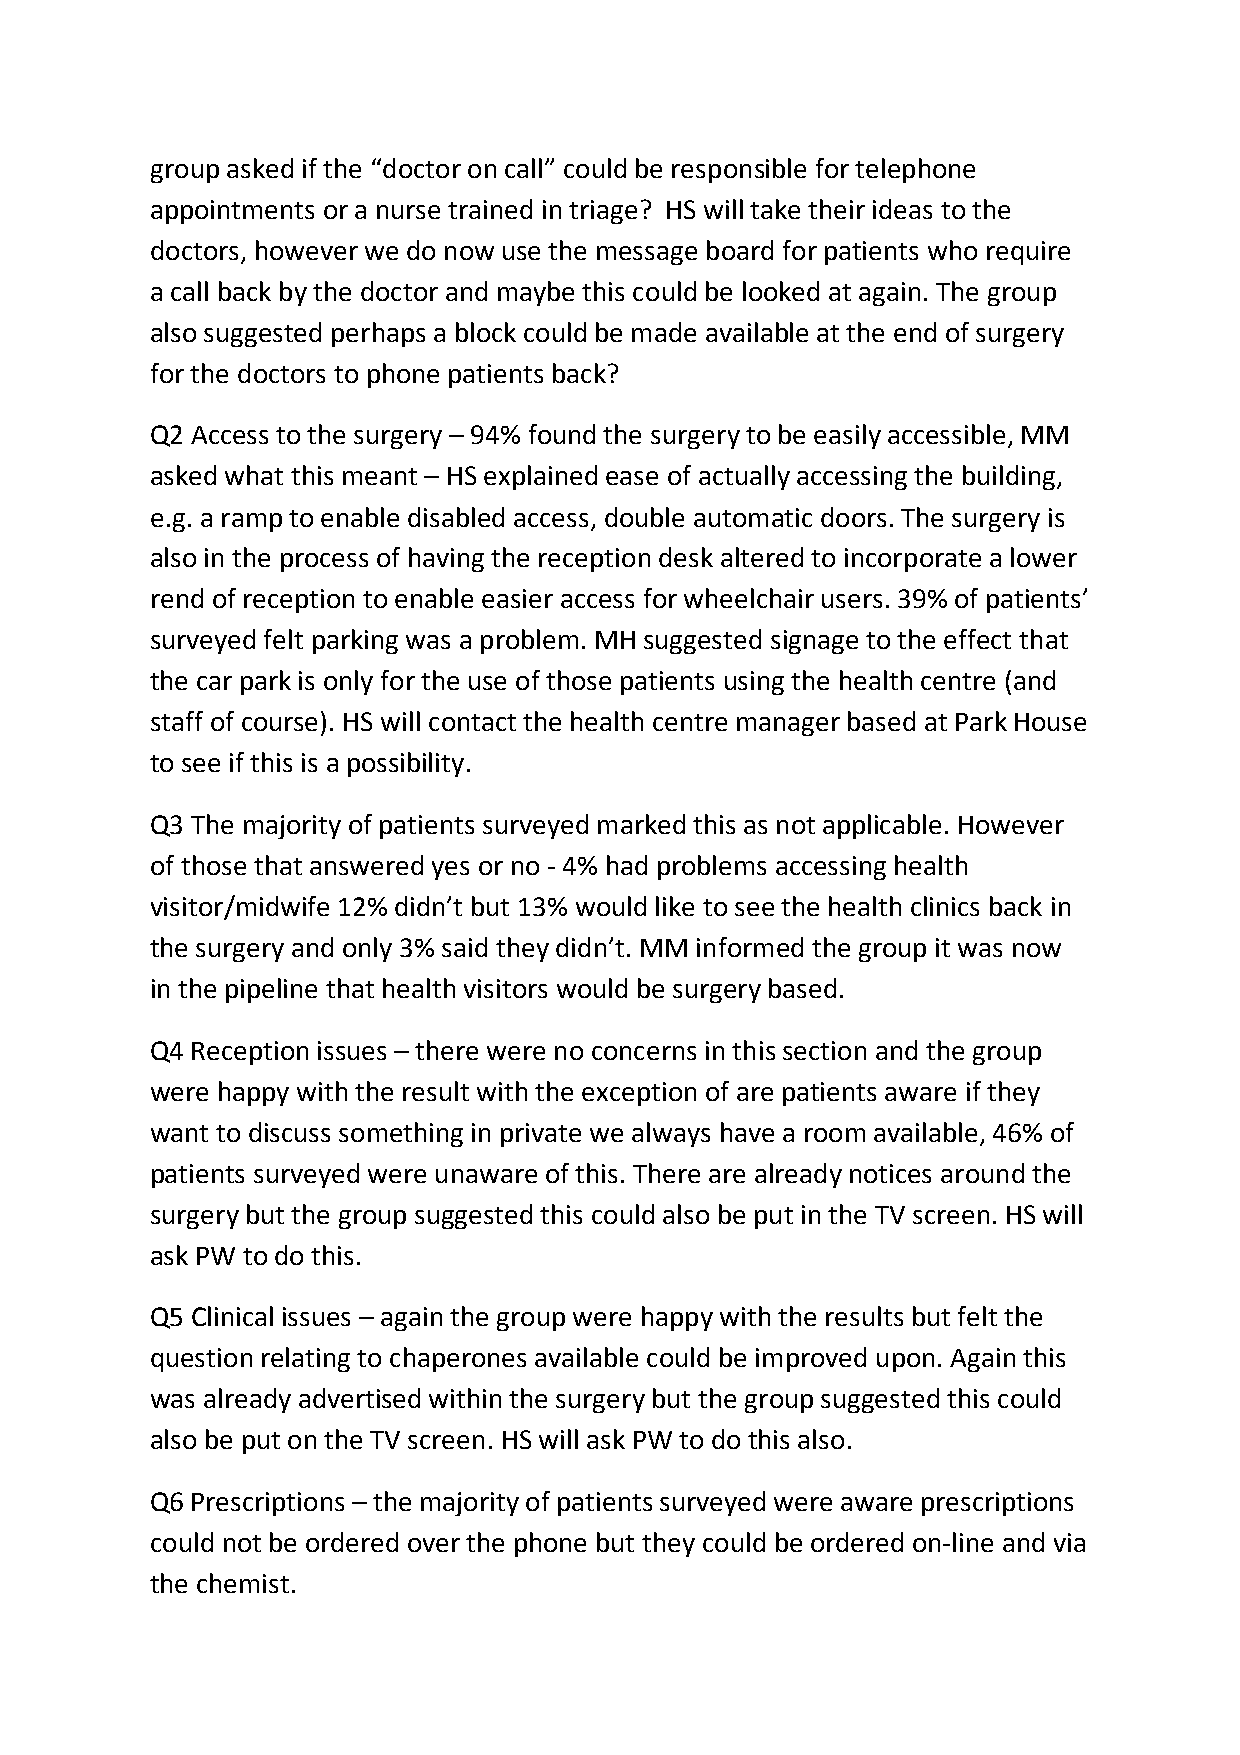
group asked if the “doctor on call” could be responsible for telephone
 appointments or a nurse trained in triage? HS will take their ideas to the
 doctors, however we do now use the message board for patients who require
 a call back by the doctor and maybe this could be looked at again. The group
 also suggested perhaps a block could be made available at the end of surgery
 for the doctors to phone patients back?
 Q2 Access to the surgery – 94% found the surgery to be easily accessible, MM
 asked what this meant – HS explained ease of actually accessing the building,
 e.g. a ramp to enable disabled access, double automatic doors. The surgery is
 also in the process of having the reception desk altered to incorporate a lower
 rend of reception to enable easier access for wheelchair users. 39% of patients’
 surveyed felt parking was a problem. MH suggested signage to the effect that
 the car park is only for the use of those patients using the health centre (and
 staff of course). HS will contact the health centre manager based at Park House
 to see if this is a possibility.
 Q3 The majority of patients surveyed marked this as not applicable. However
 of those that answered yes or no - 4% had problems accessing health
 visitor/midwife 12% didn’t but 13% would like to see the health clinics back in
 the surgery and only 3% said they didn’t. MM informed the group it was now
 in the pipeline that health visitors would be surgery based.
 Q4 Reception issues – there were no concerns in this section and the group
 were happy with the result with the exception of are patients aware if they
 want to discuss something in private we always have a room available, 46% of
 patients surveyed were unaware of this. There are already notices around the
 surgery but the group suggested this could also be put in the TV screen. HS will
 ask PW to do this.
 Q5 Clinical issues – again the group were happy with the results but felt the
 question relating to chaperones available could be improved upon. Again this
 was already advertised within the surgery but the group suggested this could
 also be put on the TV screen. HS will ask PW to do this also.
 Q6 Prescriptions – the majority of patients surveyed were aware prescriptions
 could not be ordered over the phone but they could be ordered on-line and via
 the chemist.